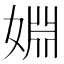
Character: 婣